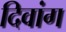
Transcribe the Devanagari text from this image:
दिवांग